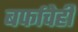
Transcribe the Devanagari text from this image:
बर्फाचेही